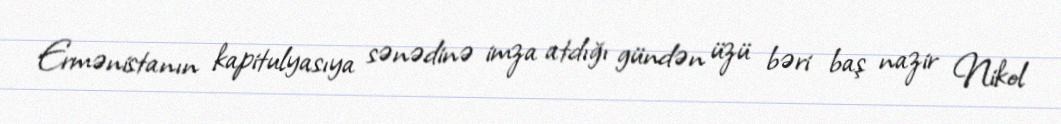
Ermənistanın kapitulyasıya sənədinə imza atdığı gündən üzü bəri baş nazir Nikol